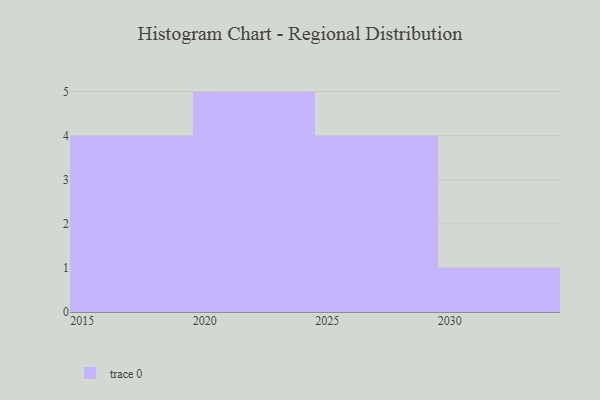
{"axis": {"x": "Year", "y": "Tickets Resolved"}, "legend": [""], "data": [{"x": "2020", "y": 64, "type": ""}, {"x": "2017", "y": 2, "type": ""}, {"x": "2027", "y": 52, "type": ""}, {"x": "2019", "y": 74, "type": ""}, {"x": "2016", "y": 76, "type": ""}, {"x": "2030", "y": 41, "type": ""}, {"x": "2021", "y": 99, "type": ""}, {"x": "2026", "y": 37, "type": ""}, {"x": "2028", "y": 25, "type": ""}, {"x": "2023", "y": 92, "type": ""}, {"x": "2025", "y": 85, "type": ""}, {"x": "2022", "y": 17, "type": ""}, {"x": "2024", "y": 13, "type": ""}, {"x": "2015", "y": 15, "type": ""}]}